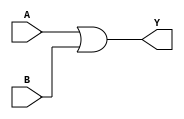
`timescale 1ns / 1ps

module OR_GATE(output Y, input A,B);		//Declaring OR_GATE module with Y as OUTPUT and A,B as INPUT.

or F1(Y,A,B);		//Using inbuilt 'OR' Gate.

endmodule